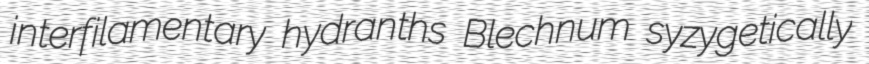
interfilamentary hydranths Blechnum syzygetically